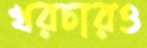
খরচারও